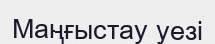
Маңғыстау уезі